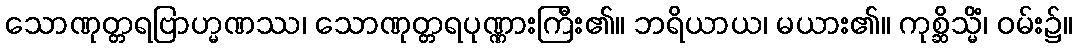
သောဏုတ္တရဗြာဟ္မဏဿ၊ သောဏုတ္တရပုဏ္ဏားကြီး၏။ ဘရိယာယ၊ မယား၏။ ကုစ္ဆိသ္မိံ၊ ဝမ်း၌။